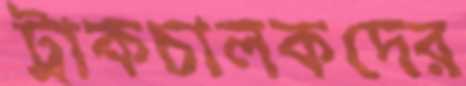
ট্রাকচালকদের